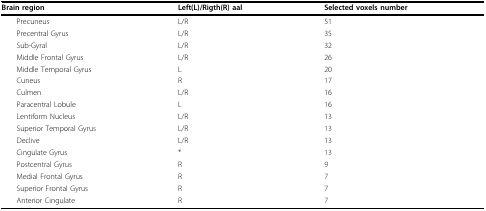
<table><thead><tr><td><b>Brain region</b></td><td><b>Left(L)/Rigth(R) aal</b></td><td><b>Selected voxels number</b></td></tr></thead><tbody><tr><td> Precuneus</td><td>L/R</td><td>51</td></tr><tr><td> Precentral Gyrus</td><td>L/R</td><td>35</td></tr><tr><td> Sub-Gyral</td><td>L/R</td><td>32</td></tr><tr><td> Middle Frontal Gyrus</td><td>L/R</td><td>26</td></tr><tr><td> Middle Temporal Gyrus</td><td>L</td><td>20</td></tr><tr><td> Cuneus</td><td>R</td><td>17</td></tr><tr><td> Culmen</td><td>L/R</td><td>16</td></tr><tr><td> Paracentral Lobule</td><td>L</td><td>16</td></tr><tr><td> Lentiform Nucleus</td><td>L/R</td><td>13</td></tr><tr><td> Superior Temporal Gyrus</td><td>L/R</td><td>13</td></tr><tr><td> Declive</td><td>L/R</td><td>13</td></tr><tr><td> Cingulate Gyrus</td><td>*</td><td>13</td></tr><tr><td> Postcentral Gyrus</td><td>R</td><td>9</td></tr><tr><td> Medial Frontal Gyrus</td><td>R</td><td>7</td></tr><tr><td> Superior Frontal Gyrus</td><td>R</td><td>7</td></tr><tr><td> Anterior Cingulate</td><td>R</td><td>7</td></tr></tbody></table>